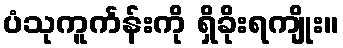
ပံသုကူင်္ကန်းကို ရှိခိုးရကျိုး။